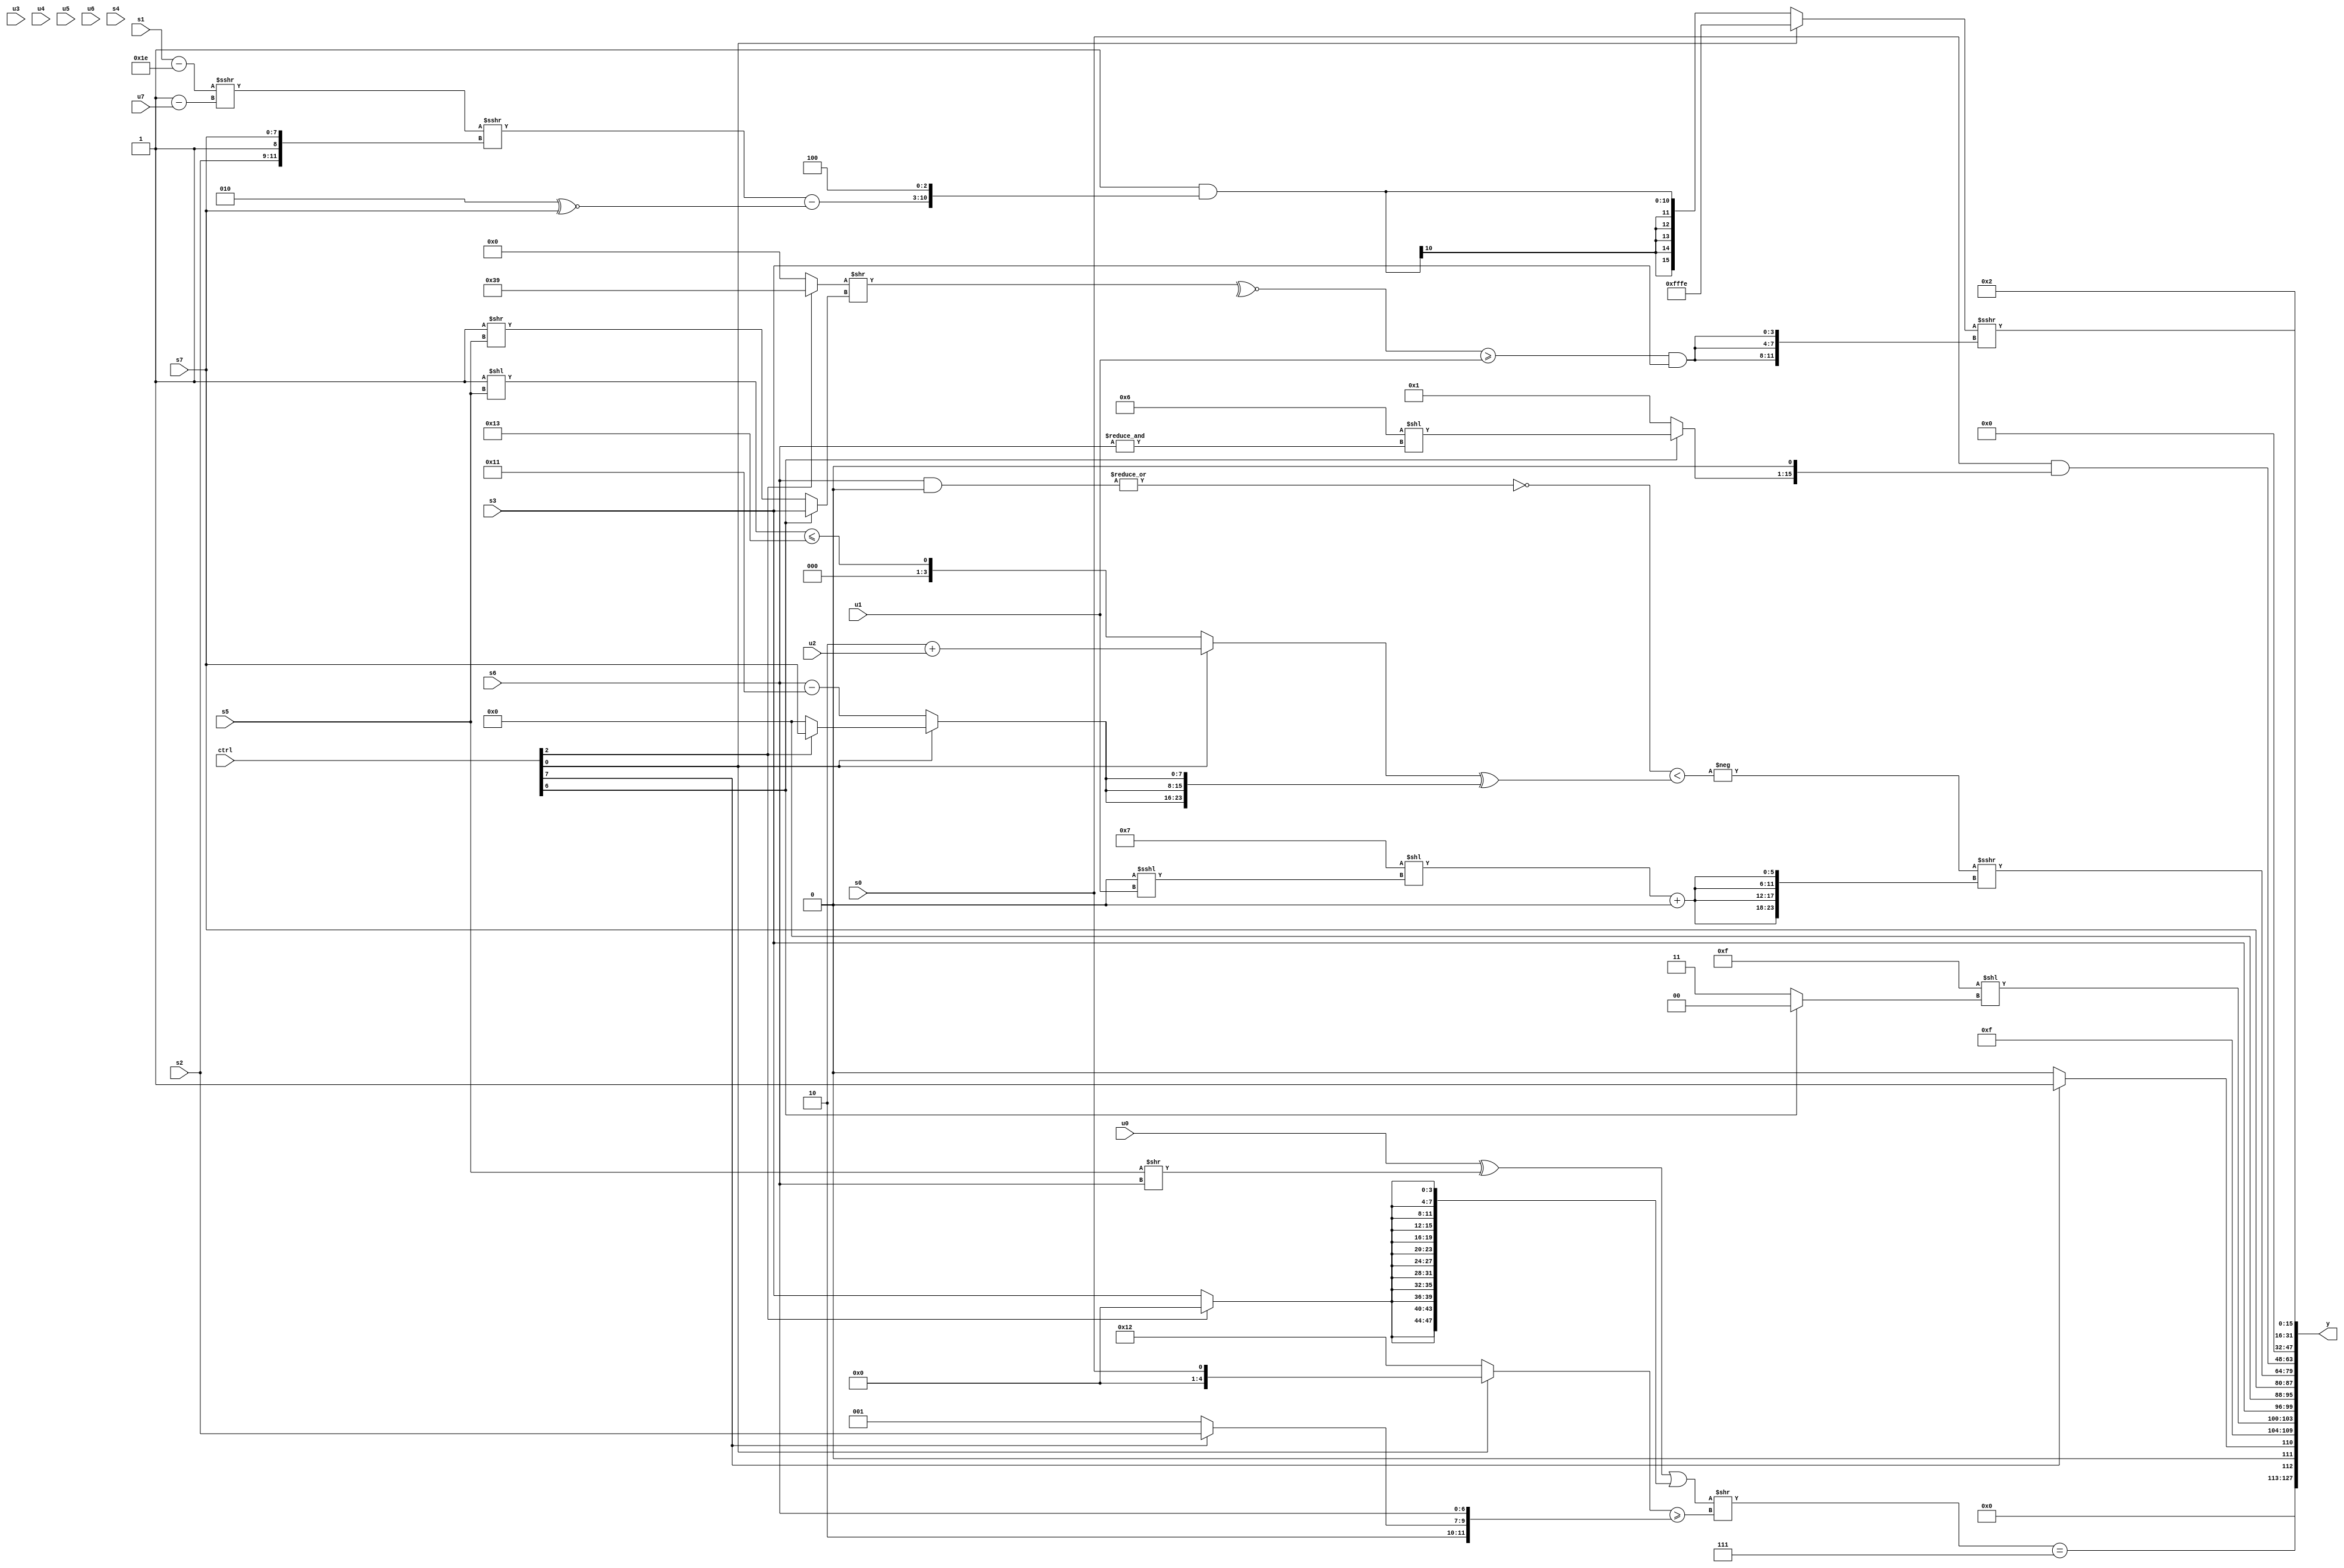
module wideexpr_00245(ctrl, u0, u1, u2, u3, u4, u5, u6, u7, s0, s1, s2, s3, s4, s5, s6, s7, y);
  input [7:0] ctrl;
  input [0:0] u0;
  input [1:0] u1;
  input [2:0] u2;
  input [3:0] u3;
  input [4:0] u4;
  input [5:0] u5;
  input [6:0] u6;
  input [7:0] u7;
  input signed [0:0] s0;
  input signed [1:0] s1;
  input signed [2:0] s2;
  input signed [3:0] s3;
  input signed [4:0] s4;
  input signed [5:0] s5;
  input signed [6:0] s6;
  input signed [7:0] s7;
  output [127:0] y;
  wire [15:0] y0;
  wire [15:0] y1;
  wire [15:0] y2;
  wire [15:0] y3;
  wire [15:0] y4;
  wire [15:0] y5;
  wire [15:0] y6;
  wire [15:0] y7;
  assign y = {y0,y1,y2,y3,y4,y5,y6,y7};
  assign y0 = ((((u0)^($unsigned((s5)>>(s6))))|({4{{3{$signed({1{(ctrl[2]?2'b00:s3)}})}}}}))>>($signed(-($signed(((ctrl[0]?$unsigned(s0):5'sb10010))>=({(s1)<<(6'sb001111),-(2'sb10),(ctrl[7]?s2:2'sb01),$signed(s6)}))))))==({1{3'sb111}});
  assign y1 = $unsigned({{(ctrl[7]?6'sb111101:(6'sb001010)<<<(6'b010001)),+(6'sb001111),(4'b1111)<<((ctrl[6]?3'sb000:4'sb0011)),s3}});
  assign y2 = {1{s7}};
  assign y3 = (-({1{-(((~|($signed((s6)&(1'sb0))))&(1'sb1))<(((ctrl[0]?$signed((5'b00010)+(u2)):((3'sb111)<<(s5))<=(+(6'sb110011))))^({3{(ctrl[0]?(ctrl[2]?s7:4'sb0000):(s6)-(6'sb110001))}})))}}))>>>({4{((4'sb0111)<<(($unsigned(2'sb00))<<<(u1)))+(6'sb000000)}});
  assign y4 = (s0)&(((ctrl[6]?(5'sb00110)<<(&(s6)):-((1'sb1)^(1'sb0))))<<<(1'sb1));
  assign y5 = 1'sb0;
  assign y6 = ((ctrl[0]?$signed(2'sb10):$signed((~&((|(s4))^({$signed((2'sb10)<<<(1'sb1)),s2,$signed(+(s4))})))&({((((s1)-(6'sb011110))>>>((2'sb01)-(u7)))>>>({s2,(3'sb000)>(3'sb111),$signed(s7)}))-((4'sb0010)^~(s7)),3'sb100}))))>>>({3{((~^(((ctrl[2]?6'sb111001:{(6'sb101101)<<(5'sb01111)}))>>($signed((ctrl[6]?{s3}:(3'sb001)>>(s5))))))>=(u1))&(s3)}});
  assign y7 = 2'b10;
endmodule